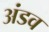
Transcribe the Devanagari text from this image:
अंडव